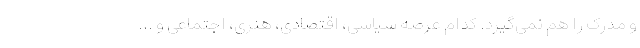
و مدرک را هم نمی‌گیرد. کدام عرصه سیاسی، اقتصادی، هنری، اجتماعی و ...